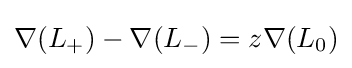
\nabla (L_{+})-\nabla (L_{-})=z\nabla (L_{0})